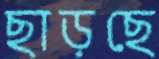
ছাড়ছে